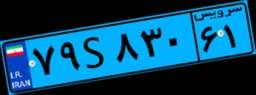
۱۰S۹۷۹۲۸